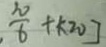
\frac { \pi } { 6 } + k \pi ]